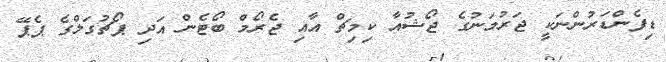
ޑިފެންޑަރުންނަކީ ޖަރުމަނުގެ ޖޯޝުއާ ކިމިޗް އާއި ޖެރޯމް ބޯޓެން އަދި ޕޯޗުގަލްގެ ޕެޕޭ